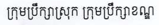
ក្រុមប្រឹក្សាស្រុក ក្រុមប្រឹក្សាខណ្ឌ